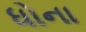
ધોના